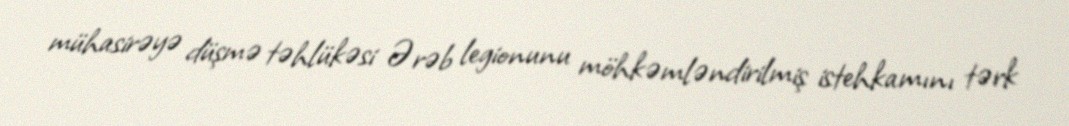
mühasirəyə düşmə təhlükəsi Ərəb legionunu möhkəmləndirilmiş istehkamını tərk